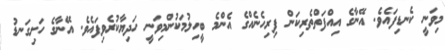
މިވަނީ ކެނޑިފައެވެ. އޭނާގެ އިއްފަތްތެރިކަން ފިރިހެނެއްގެ އެންމެ ބީހިލުމަކުންމިވަނީ ހަދިޔާކުރެވިފައެވެ. އޭނާގެ ހަށިގަނޑު